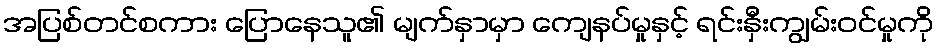
အပြစ်တင်စကား ပြောနေသူ၏ မျက်နှာမှာ ကျေနပ်မှုနှင့် ရင်းနှီးကျွမ်းဝင်မှုကို